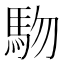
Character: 𱐾